Indian journal of veterinary science and animal husbandry - Volume 3,
Year: 1933
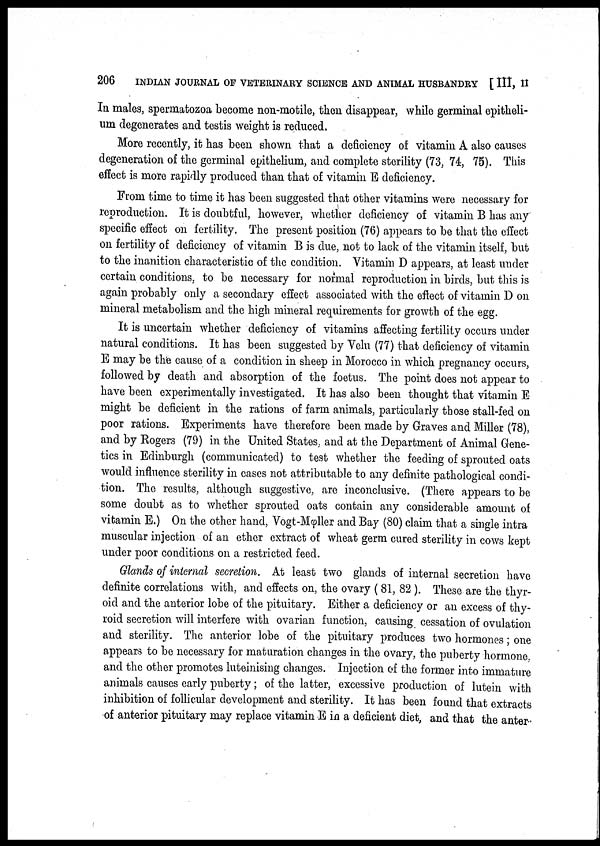
206
INDIAN JOURNAL OF VETERINARY SCIENCE AND ANIMAL HUSBANDRY [ III, II
In males, spermatozoa become non-motile, then disappear, while germinal epitheli
um degenerates and testis weight is reduced.
More recently, it has been shown that a deficiency of vitamin A also causes
degeneration of the germinal epithelium, and complete sterility (73, 74, 75). This
effect is more rapidly produced than that of vitamin E deficiency.
From time to time it has been suggested that other vitamins were necessary for
reproduction. It is doubtful, however, whether deficiency of vitamin B has any
specific effect on fertility. The present position (76) appears to be that the effect
on fertility of deficiency of vitamin B is due, not to lack of the vitamin itself, but
to the inanition characteristic of the condition. Vitamin D appears, at least under
certain conditions, to be necessary for normal reproduction in birds, but this is
again probably only a secondary effect associated with the effect of vitamin D on
mineral metabolism and the high mineral requirements for growth of the egg.
It is uncertain whether deficiency of vitamins affecting fertility occurs under
natural conditions. It has been suggested by Velu (77) that deficiency of vitamin
E may be the cause of a condition in sheep in Morocco in which pregnancy occurs,
followed by death and absorption of the foetus. The point does not appear to
have been experimentally investigated. It has also been thought that vitamin E
might be deficient in the rations of farm animals, particularly those stall-fed on
poor rations. Experiments have therefore been made by Graves and Miller (78),
and by Rogers (79) in the United States, and at the Department of Animal Gene
tics in Edinburgh (communicated) to test whether the feeding of sprouted oats
would influence sterility in cases not attributable to any definite pathological condi
tion. The results, although suggestive, are inconclusive. (There appears to be
some doubt as to whether sprouted oats contain any considerable amount of
vitamin E.) On the other hand, Vogt-Mφller and Bay (80) claim that a single intra
muscular injection of an ether extract of wheat germ cured sterility in cows kept
under poor conditions on a restricted feed.
Glands of internal secretion. At least two glands of internal secretion have
definite correlations with, and effects on, the ovary ( 81, 82 ). These are the thyr
oid and the anterior lobe of the pituitary. Either a deficiency or an excess of thy
roid secretion will interfere with ovarian function, causing cessation of ovulation
and sterility. The anterior lobe of the pituitary produces two hormones; one
appears to be necessary for maturation changes in the ovary, the puberty hormone,
and the other promotes luteinising changes. Injection of the former into immature
animals causes early puberty; of the latter, excessive production of lutein with
inhibition of follicular development and sterility. It has been found that extracts
of anterior pituitary may replace vitamin E in a deficient diet, and that the anter.